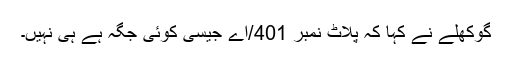
گوکھلے نے کہا کہ پلاٹ نمبر 401/اے جیسی کوئی جگہ ہے ہی نہیں۔